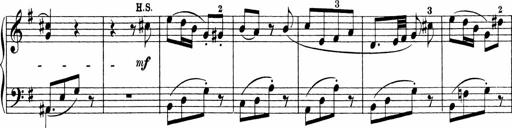
Title: 3 Sonatinas
Composer: Carl Reinecke